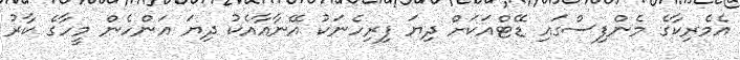
އެމެރިކާގެ މެންފިސްގައި ޑޭޓްއަކަށް ދިޔަ ފިރިހެނަކު އޭނާއާއެކު ދިޔަ އަންހެން މީހާގެ ކާރު